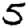
Digit: 5